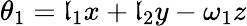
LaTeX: \theta_{1}=\mathfrak{l}_{1}x+\mathfrak{l}_{2}y-\omega_{1}z